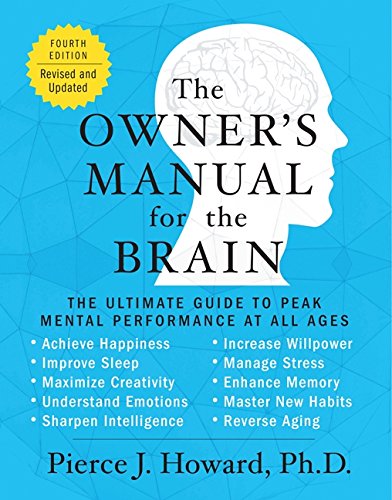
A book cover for The Owner's Manual for the Brain (4th Edition): The Ultimate Guide to Peak Mental Performance at All Ages; Pierce Howard; Medical Books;